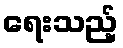
ရေးသည့်